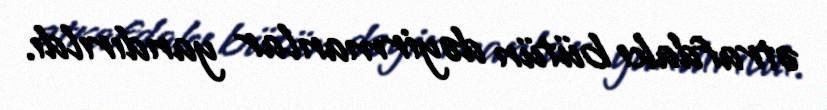
ətrafdakı bütün dəyirmanlar yandırıldı.